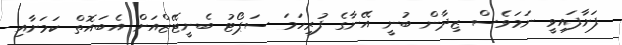
ފަށާފައިވީ ނަމަވެސް ޒިދާން ބުނީ އޭނާގެ ފުރިހަމަ ސަޕޯޓު ބެނީޓޭޒްއަށް އެބައޮތް ކަމަށާއި